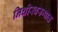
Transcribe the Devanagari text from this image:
निधीस्वरूपात